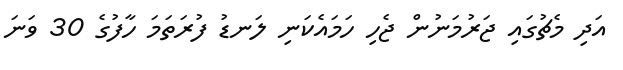
އަދި މެޗުގައި ޖަރުމަނުން ޖެހި ހަމައެކަނި ލަނޑު ފުރަތަމަ ހާފުގެ 30 ވަނަ